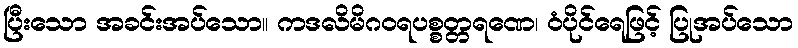
ပြီးသော အခင်းအပ်သော။ ကဒလိမိဂဝရပစ္စတ္တရဏေ၊ ဝံပိုင်ရေဖြင့် ပြုအပ်သော